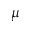
\mu